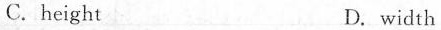
C.height D. width